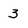
Character: 3